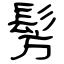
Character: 髣